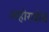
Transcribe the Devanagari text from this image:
अहोरात्रीचे